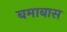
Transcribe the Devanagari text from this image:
बमाबास